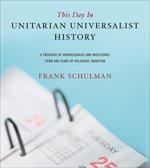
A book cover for This Day in Unitarian Universalist History; Frank Schulman; Religion & Spirituality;